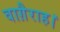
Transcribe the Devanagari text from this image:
वाग़ैराह।